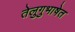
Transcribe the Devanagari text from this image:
तेलुगुभाषेत